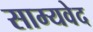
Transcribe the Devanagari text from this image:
साम्‍यवेद